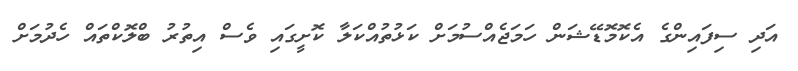
އަދި ސިފައިންގެ އެކޮމޮޑޭޝަން ހަމަޖެއްސުމަށް ކަޅުތުއްކަލާ ކޮށީގައި ވެސް އިތުރު ބްލޮކްތައް ހެދުމަށް